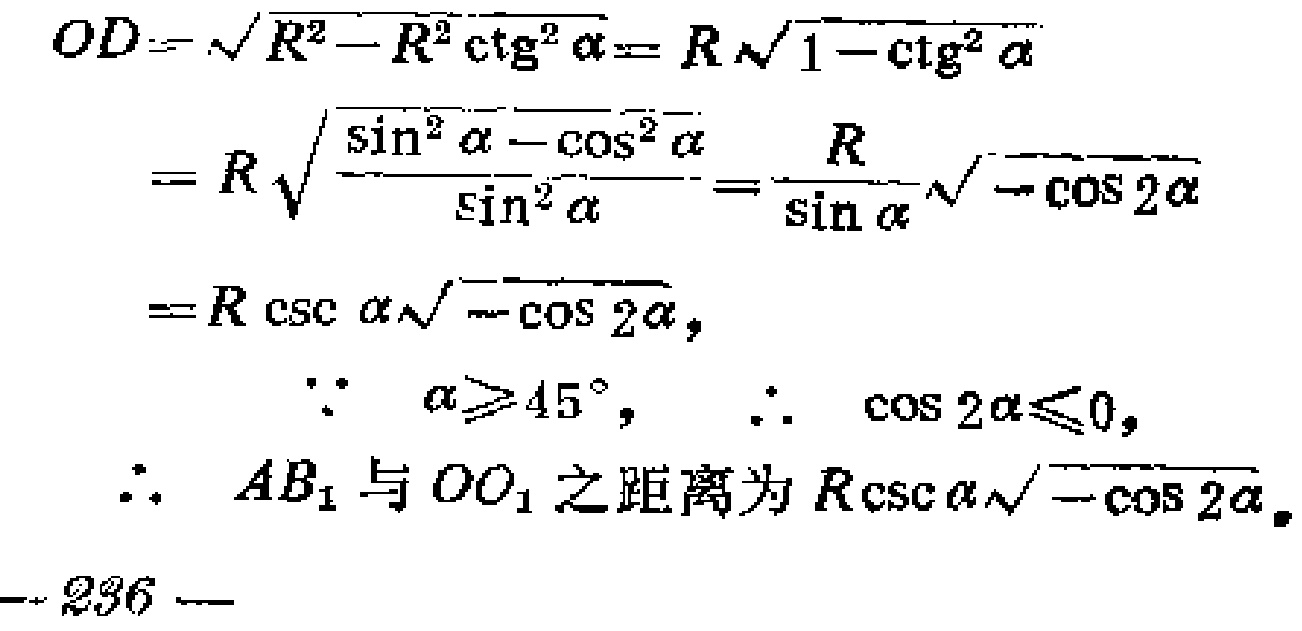
\[
\begin{align*}
OD&=\sqrt{R^{2}-R^{2}\cot^{2}\alpha}=R\sqrt{1 - \cot^{2}\alpha}\\
&=R\sqrt{\frac{\sin^{2}\alpha-\cos^{2}\alpha}{\sin^{2}\alpha}}=\frac{R}{\sin\alpha}\sqrt{-\cos2\alpha}\\
&=R\csc\alpha\sqrt{-\cos2\alpha},\\
&\because\alpha\geqslant45^{\circ},\ \therefore\cos2\alpha\leqslant0,\\
&\therefore AB_{1}\text{ 与 }OO_{1}\text{ 之距离为 }R\csc\alpha\sqrt{-\cos2\alpha}.
\end{align*}
\]